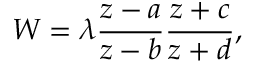
W = \lambda \frac { z - a } { z - b } \frac { z + c } { z + d } ,